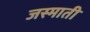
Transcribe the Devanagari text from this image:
जस्माती